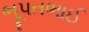
ભૂપતભાઈ